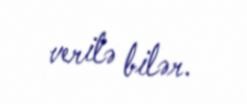
verilə bilər.